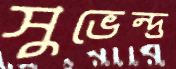
সুভেন্দ্র